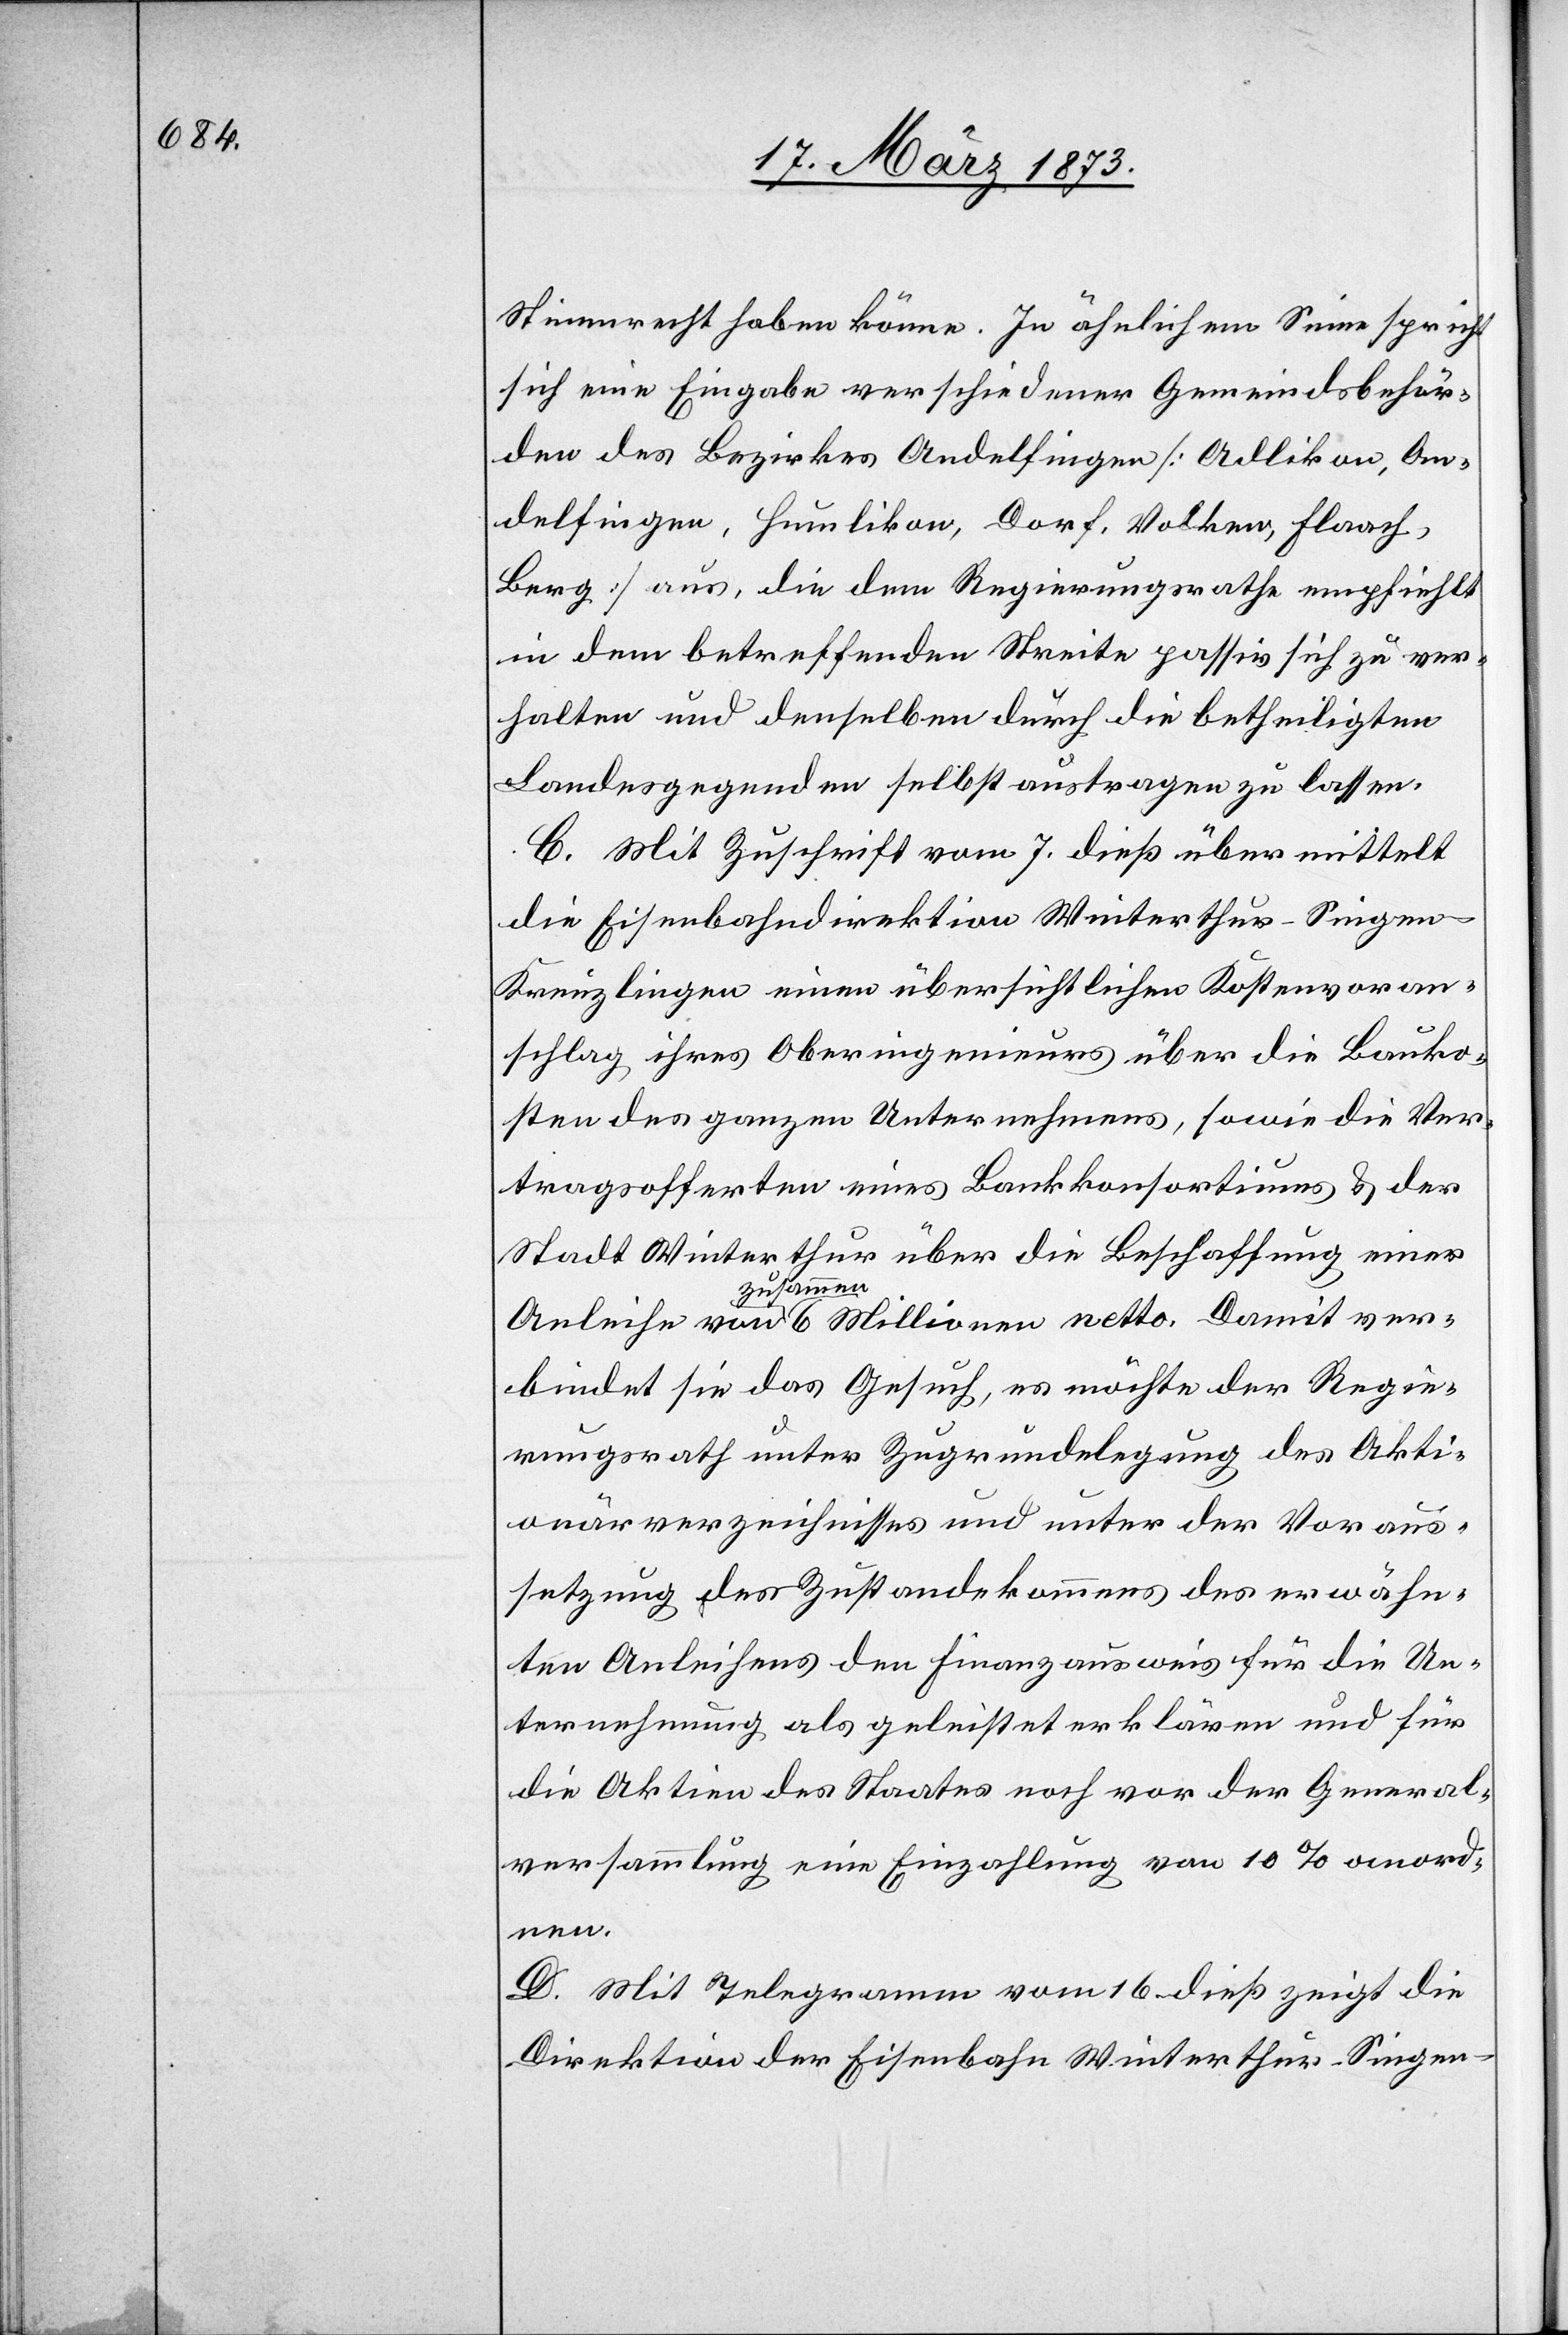
Stimmrecht haben könne. In ähnlichem Sinne spricht
sich eine Eingabe verschiedener Gemeindsbehör¬
den des Bezirkes Andelfingen [Adlikon, An¬
delfingen, Humlikon, Dorf, Volken, Flaach,
Berg] aus, die dem Regierungsrathe empfiehlt
in dem betreffenden Streite passiv sich zu ver¬
halten und denselben durch die betheiligten
Landesgegenden selbst austragen zu lassen.
C. Mit Zuschrift vom 7. dieß übermittelt
die Eisenbahndirektion Winterthur–Singe¬
n–Kreuzlingen einen übersichtlichen Kostenvoran¬
schlag ihres Oberingenieurs über die Bauko¬
sten des ganzen Unternehmens, sowie die Ver¬
tragsofferten eines Bankkonsortiums u. der
Stadt Winterthur über die Beschaffung einer
zusammen
bindet sie das Gesuch, es möchte der Regie¬
rungsrath unter Zugrundelegung des Akti¬
onärverzeichnisses und unter der Voraus¬
setzung des Zustandekommens des erwähn¬
ten Anleihens den Finanzausweis für die Un¬
ternehmung als geleistet erklären und für
die Aktien des Staates noch vor der Generals¬
versammlung eine Einzahlung von 10% anord¬
nen.
D. Mit Telegramm vom 16. dieß zeigt die
Direktion der Eisenbahn Winterthur–Singen–